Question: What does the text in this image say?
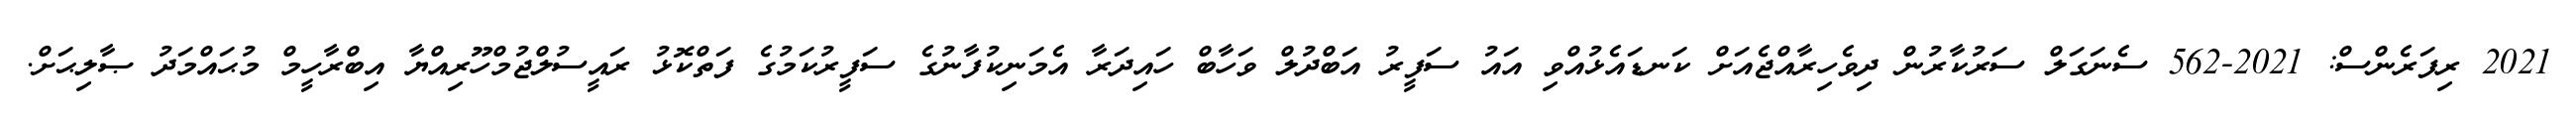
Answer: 2021 ރިފަރެންސް: 2021-562 ސެނަގަލް ސަރުކާރުން ދިވެހިރާއްޖެއަށް ކަނޑައެޅުއްވި އައު ސަފީރު އަބްދުލް ވަހާބް ހައިދަރާ އެމަނިކުފާނުގެ ސަފީރުކަމުގެ ފަތްކޮޅު ރައީސުލްޖުމްހޫރިއްޔާ އިބްރާހީމް މުޙައްމަދު ޞާލިޙަށް.